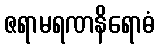
ဇရာမရဏနိရောဓံ